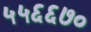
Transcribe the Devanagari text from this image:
५५६६७०